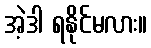
အဲ့ဒါ ရနိုင်မလား။